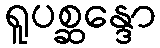
ရူပစ္ဆန္ဒော